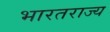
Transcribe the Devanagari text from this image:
भारतराज्य